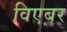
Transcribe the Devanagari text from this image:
विएबर